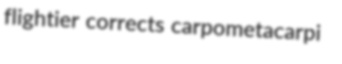
flightier corrects carpometacarpi